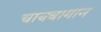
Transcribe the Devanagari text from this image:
चायबागान